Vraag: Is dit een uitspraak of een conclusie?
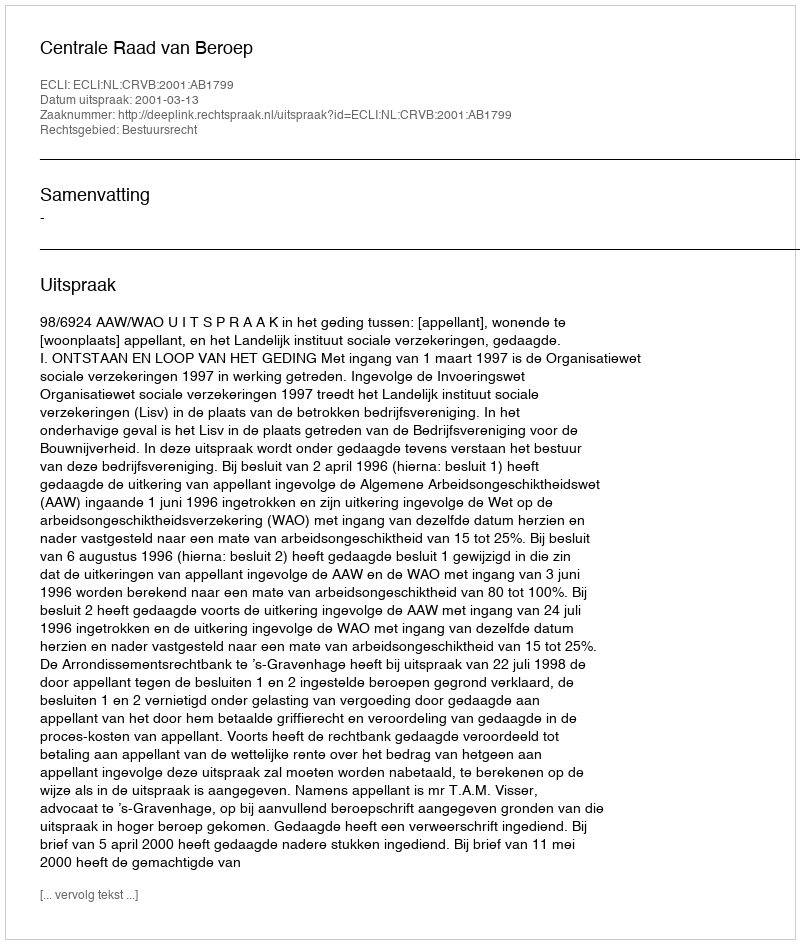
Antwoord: Uitspraak